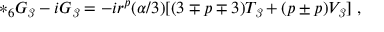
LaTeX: { * _ { 6 } } G _ { \it 3 } - i G _ { \it 3 } = - i r ^ { p } ( \alpha / 3 ) [ ( 3 \mp p \mp 3 ) T _ { \it 3 } + ( p \pm p ) V _ { \it 3 } ] \ ,